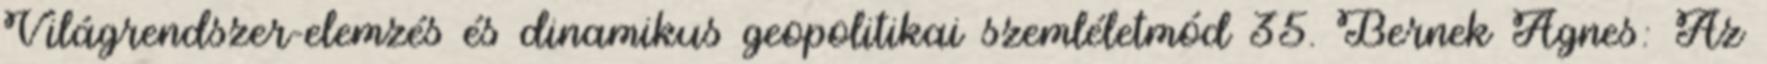
Világrendszer-elemzés és dinamikus geopolitikai szemléletmód 35. Bernek Ágnes: Az